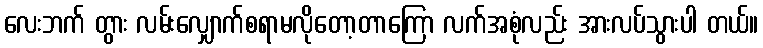
လေးဘက် တွား လမ်းလျှောက်စရာမလိုတော့တာကြော လက်အစုံလည်း အားလပ်သွားပါ တယ်။